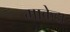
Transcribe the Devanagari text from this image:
माकेदा